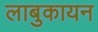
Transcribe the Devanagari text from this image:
लाबुकायन